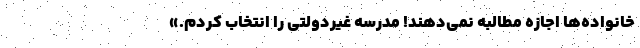
خانواده‌ها اجازه مطالبه نمی‌دهند! مدرسه غیردولتی را انتخاب کردم.»